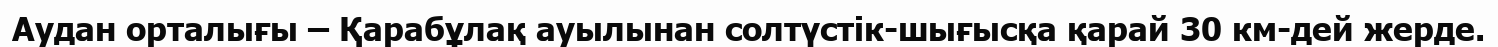
Аудан орталығы – Қарабұлақ ауылынан солтүстік-шығысқа қарай 30 км-дей жерде.